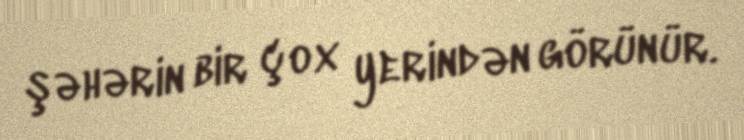
şəhərin bir çox yerindən görünür.